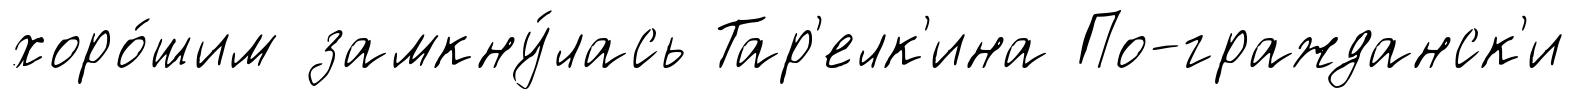
хоро́шим замкну́лась Тар'елк'ина По-гражданск'и